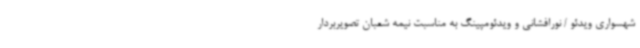
شهسواری ویدئو / نورافشانی و ویدئومپینگ به مناسبت نیمه شعبان تصویربردار